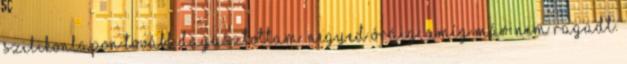
szilikonlapon tovább dagasztottam. negyed óráig, amíg már nem ragadt.